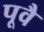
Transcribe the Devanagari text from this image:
पूवै